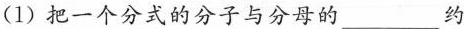
(1)把一个分式的分子与分母的___约